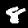
Label: 8